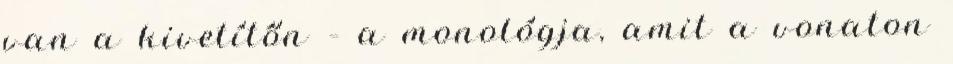
van a kivetítőn – a monológja, amit a vonaton